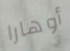
أوهارا